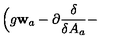
\Bigl ( g { \mathbf w } _ { a } - \partial { \frac { \delta } { \delta A _ { a } } } -